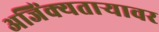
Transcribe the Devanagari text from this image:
अजिंक्यतार्‍यावर